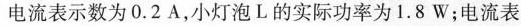
电流表示数为0.2A，小灯泡L的实际功率为1.8W；电流表